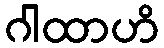
ဂါထာဟိ